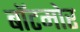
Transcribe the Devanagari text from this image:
बॉटमोर